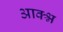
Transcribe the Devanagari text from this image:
आक्श्न